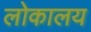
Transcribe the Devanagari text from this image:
लोकालय